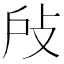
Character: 𢻻